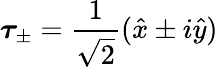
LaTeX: \boldsymbol{\tau}_{\pm}=\frac{1}{\sqrt{2}}(\hat{x}\pm i\hat{y})